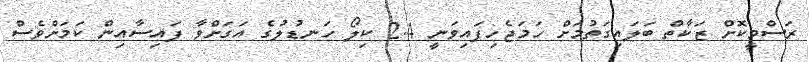
ރަސްމީކޮށް ޒަކާތް ބަލައިގަތުމަށް ހަމަޖެހިފައިވަނީ 2.4 ކިލޯ ހަނޑުލުގެ އަގަށްވާ ފައިސާއިން ކަމަށްވެސް